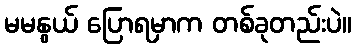
မမနွယ် ပြောရမှာက တစ်ခုတည်းပဲ။